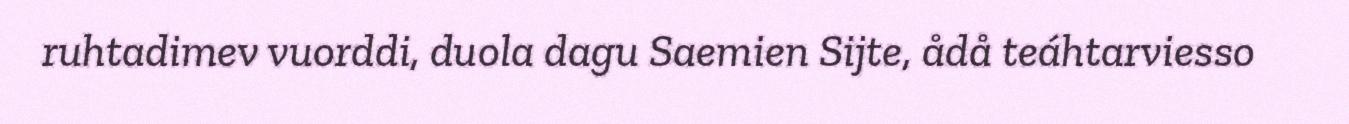
ruhtadimev vuorddi, duola dagu Saemien Sijte, ådå teáhtarviesso